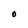
Character: O